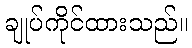
ချုပ်ကိုင်ထားသည်။